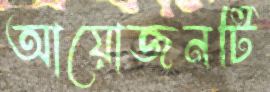
আয়োজনটি